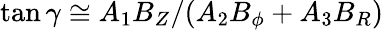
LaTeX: \tan{\gamma}\cong A_{1}B_{Z}/(A_{2}B_{\phi}+A_{3}B_{R})